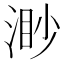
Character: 渺